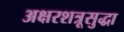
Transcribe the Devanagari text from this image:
अक्षरशत्रूसुद्धा